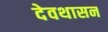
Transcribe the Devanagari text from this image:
देवथासन